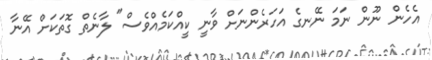
އެހެން ނޫން ނަމަ ނޭނގެ އަހަރެންނަށް ވާނީ ކީއްކަމެއްވެސް" ލާނެތް ގޮތަކަށް އޭނާ